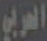
العربي